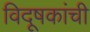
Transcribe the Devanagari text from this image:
विदूषकांची